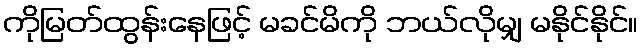
ကိုမြတ်ထွန်းနေဖြင့် မခင်မိကို ဘယ်လိုမျှ မနိုင်နိုင်။